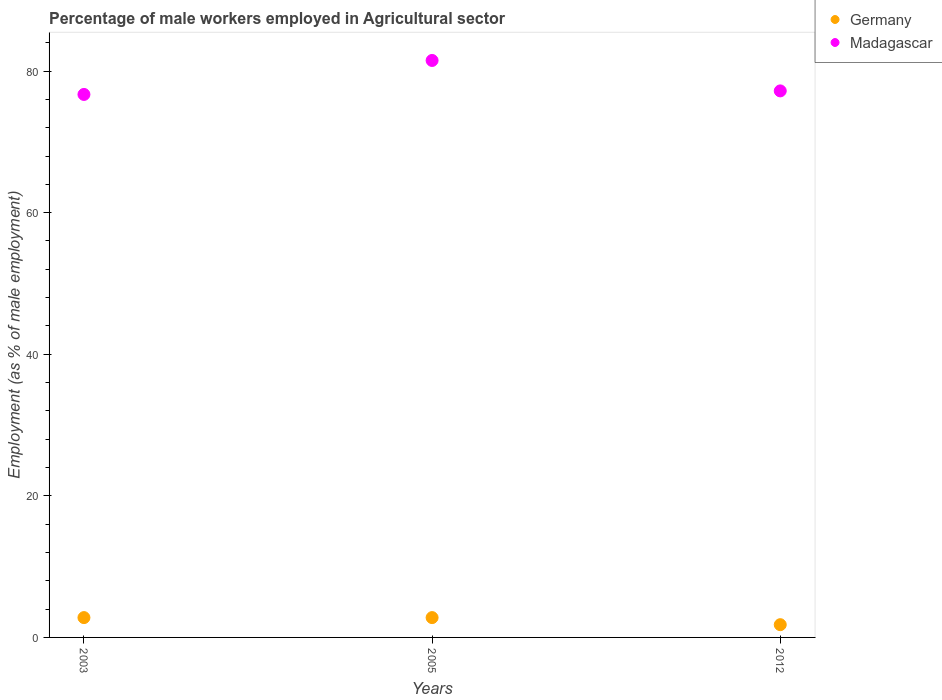
| Years | Germany | Madagascar |
 | --- | --- | --- |
 | 2003 | 2.8 | 76.7 |
 | 2005 | 2.8 | 81.5 |
 | 2012 | 1.8 | 77.2 |